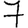
Digit: 7